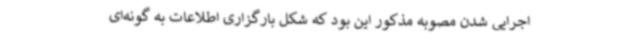
اجرایی شدن مصوبه مذکور این بود که شکل بارگزاری اطلاعات به گونه‌ای